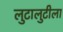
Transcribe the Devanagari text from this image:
लुटालुटीला